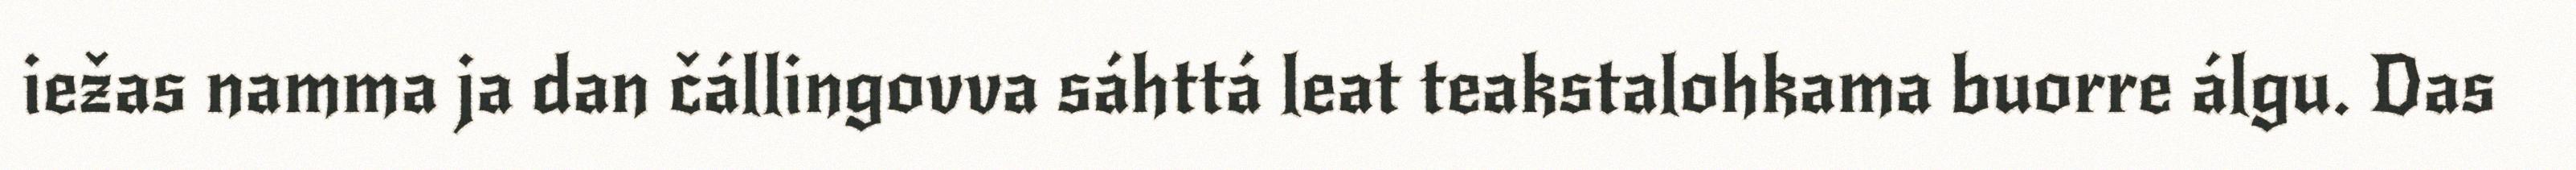
iežas namma ja dan čállingovva sáhttá leat teakstalohkama buorre álgu. Das